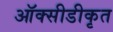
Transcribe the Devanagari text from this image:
ऑक्सीडीकृत